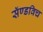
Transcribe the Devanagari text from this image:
सॅण्डविच